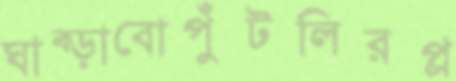
ঘাব্‌ড়াবোপুঁটলিরপ্ল